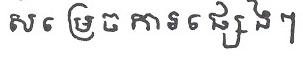
សម្រេចការផ្សេងៗ